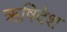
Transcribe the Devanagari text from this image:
ऋषिदेश